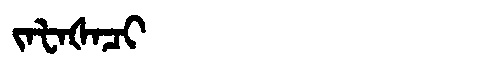
Manchu: ᠵᠠᡶᠠᡧᠠᠴᡳ
Romanization: JAFAŠACI